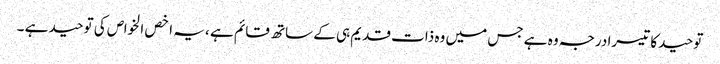
توحید کا تیسرا درجہ وہ ہے جس میں وہ ذات قدیم ہی کے ساتھ قائم ہے ، یہ اخص الخواص کی توحید ہے ۔